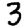
Digit: 3